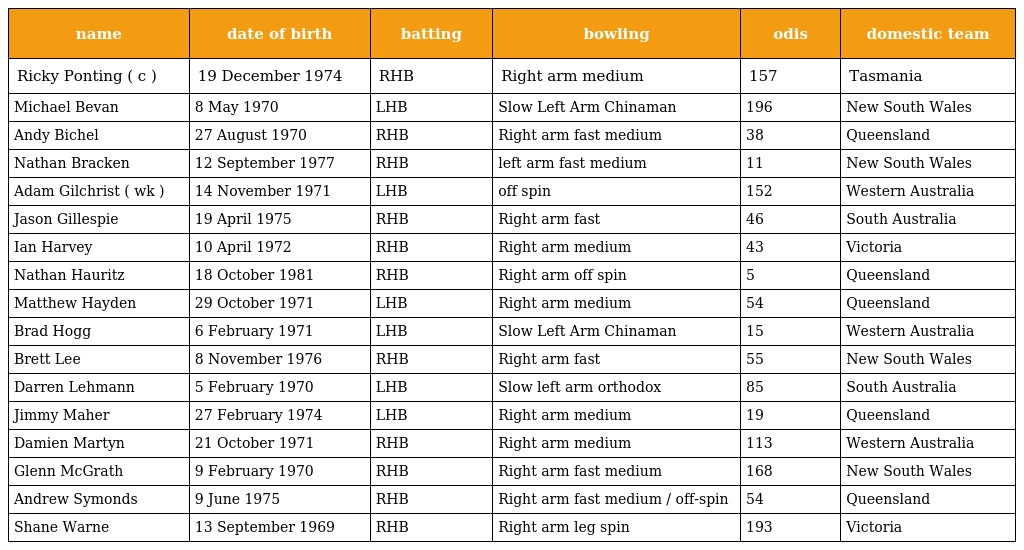
| name | date of birth | batting | bowling | odis | domestic team |
 | --- | --- | --- | --- | --- | --- |
 | Ricky Ponting ( c ) | 19 December 1974 | RHB | Right arm medium | 157 | Tasmania |
 | Michael Bevan | 8 May 1970 | LHB | Slow Left Arm Chinaman | 196 | New South Wales |
 | Andy Bichel | 27 August 1970 | RHB | Right arm fast medium | 38 | Queensland |
 | Nathan Bracken | 12 September 1977 | RHB | left arm fast medium | 11 | New South Wales |
 | Adam Gilchrist ( wk ) | 14 November 1971 | LHB | off spin | 152 | Western Australia |
 | Jason Gillespie | 19 April 1975 | RHB | Right arm fast | 46 | South Australia |
 | Ian Harvey | 10 April 1972 | RHB | Right arm medium | 43 | Victoria |
 | Nathan Hauritz | 18 October 1981 | RHB | Right arm off spin | 5 | Queensland |
 | Matthew Hayden | 29 October 1971 | LHB | Right arm medium | 54 | Queensland |
 | Brad Hogg | 6 February 1971 | LHB | Slow Left Arm Chinaman | 15 | Western Australia |
 | Brett Lee | 8 November 1976 | RHB | Right arm fast | 55 | New South Wales |
 | Darren Lehmann | 5 February 1970 | LHB | Slow left arm orthodox | 85 | South Australia |
 | Jimmy Maher | 27 February 1974 | LHB | Right arm medium | 19 | Queensland |
 | Damien Martyn | 21 October 1971 | RHB | Right arm medium | 113 | Western Australia |
 | Glenn McGrath | 9 February 1970 | RHB | Right arm fast medium | 168 | New South Wales |
 | Andrew Symonds | 9 June 1975 | RHB | Right arm fast medium / off-spin | 54 | Queensland |
 | Shane Warne | 13 September 1969 | RHB | Right arm leg spin | 193 | Victoria |